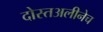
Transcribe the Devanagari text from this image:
दोस्तअलीनेच